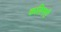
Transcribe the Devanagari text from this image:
कलिगरी